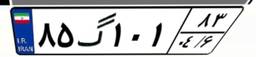
۸۵گ۱۰۱۸۳